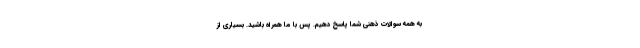
به همه سوالات ذهنی شما پاسخ دهیم. پس با ما همراه باشید. بسیاری از